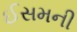
ઈસમની